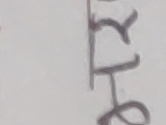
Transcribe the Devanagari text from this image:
त्र